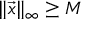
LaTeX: \| { \vec { x } } \| _ { \infty } \geq M